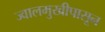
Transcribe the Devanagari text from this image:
ज्वालमुखीपासून